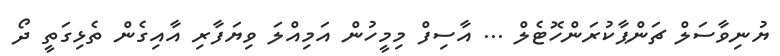
ޔުނިވާސަލް ޗަންޕާކުރަންހޮޓެލް ... އާސިފް މިމީހުން އަމިއްލަ ވިޔަފާރި އާއިގެން ތެޅިގަތީ ދޯ